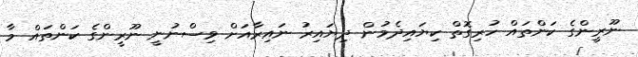
ނޫރީންގެ ކަންތައް ހުރިގޮތް ކިޔައިދެމުން ދިޔައިރު ނައިރާއަށް ވިސްނުނީ ނޫރީންގެ ކަންތައް މާ